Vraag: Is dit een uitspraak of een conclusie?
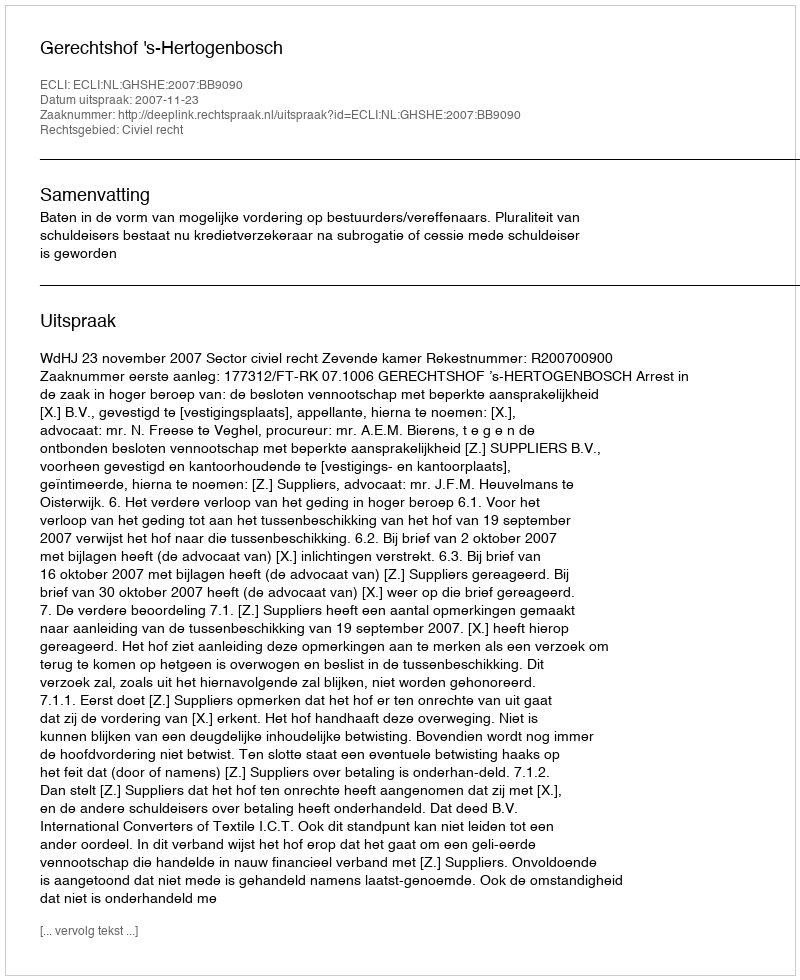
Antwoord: Uitspraak